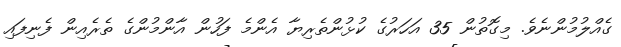
ގެއްލުމުންނެވެ. މިގޮތުން 35 އަހަރުގެ ކުޅުންތެރިޔާ އެންމެ ފަހުން އާންމުންގެ ތެރެއިން ފެނިފައި